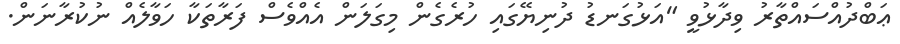
ޢަބްދުއްސައްތާރު ވިދާޅުވީ "އަޅުގަނޑު ދުނިޔޭގައި ހުރެގެން މިގަލަން އެއްވެސް ފަރާތަކާ ހަވާލެއް ނުކުރާނަން.